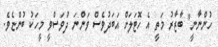
ހުންނާނީ" ބާޒާރު މަތީ އެ ހޮޓަލަށް އަބަދުވެސް ވަންނަ ދުވަސްވީ މީހަކު ބުންޏެވެ.